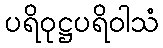
ပရိဝုဋ္ဌပရိဝါသံ